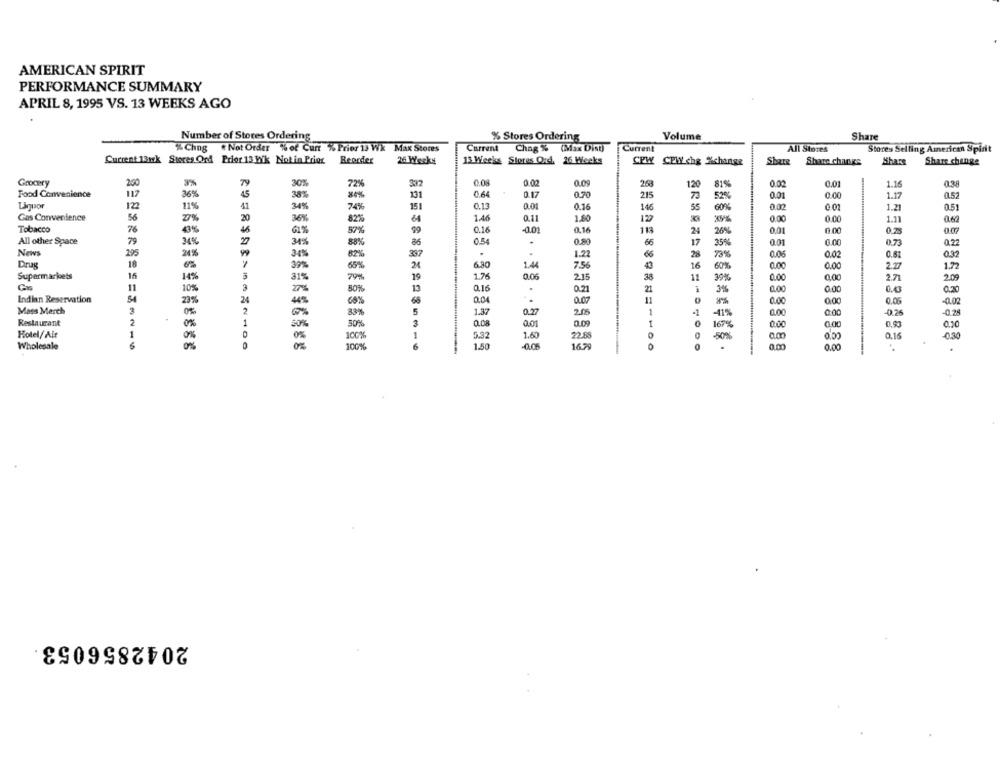
AMERICAN SPIRIT
PERFORMANCE SUMMARY
APRIL 8, 1995 VS. 13 WEEKS AGO
Number of Stores Ordering
% Stores Ordering
Volume
Share
% Chng Not Order % of Curr % Prier 13 WX Max Stores
Current
Chag % (Max Dist)
Current
All Stores
Stores Selling American Spirit
Current 13mk Stores Ord Prior 13 Wik Not in Prior
Beorder
26 Weeks
13 Weeks Stores Ord. 26 Weeks
CPW CPWY che Xchange
Share
Shars
Share change
Share change
Grocery
200
79
30%
72%
3:02
0.02
0.00
263
12
81%
0.02
0.01
1.16
0.38
9%
Food Convenience
117
36%
45
38%
131
0.64
0.17
0.70
215
52%
0.01
0.00
1.17
0.5
Ligpor
122
11%
41
15
0.13
0.01
0.16
146
55
0.02
34%
74%
60%
0 01
1.21
0.51
Gas Convenience
56
2%
20
36%
64
1.46
0.11
1.80
129
0.00
0.00
1.11
060
Tobacco
76
99
0.16
-0.01
0.16
0.00
0.2
46
24
26%
0.01
All other Space
79
34%
27
34%
86
0.5
0.80
66
17
35%
0.01
0.00
0.73
0.2
News
24%
88%
295
34%
82%
397
1.22
28
73%
0.02
0.39
Drug
18
39%
68%
24
6.30
1.44
7.56
16
60%
0.00
0.00
2.27
1.72
Supermarkets
16
14%
31%
79%
19
1.76
0.06
215
38
11
39%
0.00
2.71
2.08
11
10%
3
27%
13
Q16
0.21
21
3%
0.00
54
30%
Indian Reservation
23%
24
4%
68
0.04
..
0.07
11
0.00
0.00
0,0%
-0.02
Mass Merch
3
0%
2
5
1.37
0.27
2.05
1
-1
-41%
0.00
0:00
-0.26
-0.28
83%
Restaurant
2
1
30%
3
0.08
0.01
0.09
1
0
16%
0.00
0.00
0.20
Hotel/ Air
1
1
5.32
1.60
22.68
0.15
-0.30
100%
50%
0.00
Wholesale
100%
6
150
16.79
0
0.00
2042856053